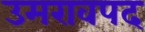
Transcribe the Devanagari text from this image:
उमरावपद